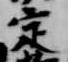
定